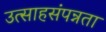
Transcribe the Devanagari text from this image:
उत्साहसंपन्नता